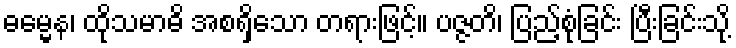
ဓမ္မေန၊ ထိုသမာဓိ အစရှိသော တရားဖြင့်။ ပဇ္ဇတိ၊ ပြည့်စုံခြင်း ပြီးခြင်းသို့